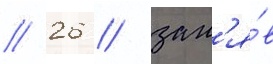
// 26 / зан'я́в